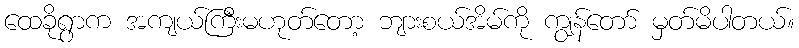
ထေခိုရွာက အကျယ်ကြီးမဟုတ်တော့ ဘျားစယ်အိမ်ကို ကျွန်တော် မှတ်မိပါတယ်။